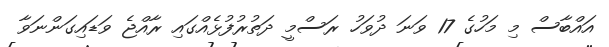
އައްބާސް މި މަހުގެ 17 ވަނަ ދުވަހު ރަސްމީ ދަތުރުފުޅެއްގައި ރާއްޖެ ވަޑައިގަންނަވާ